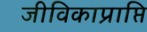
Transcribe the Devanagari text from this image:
जीविकाप्राप्ति